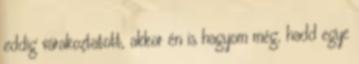
eddig várakoztatott, akkor én is hagyom még, hadd egye